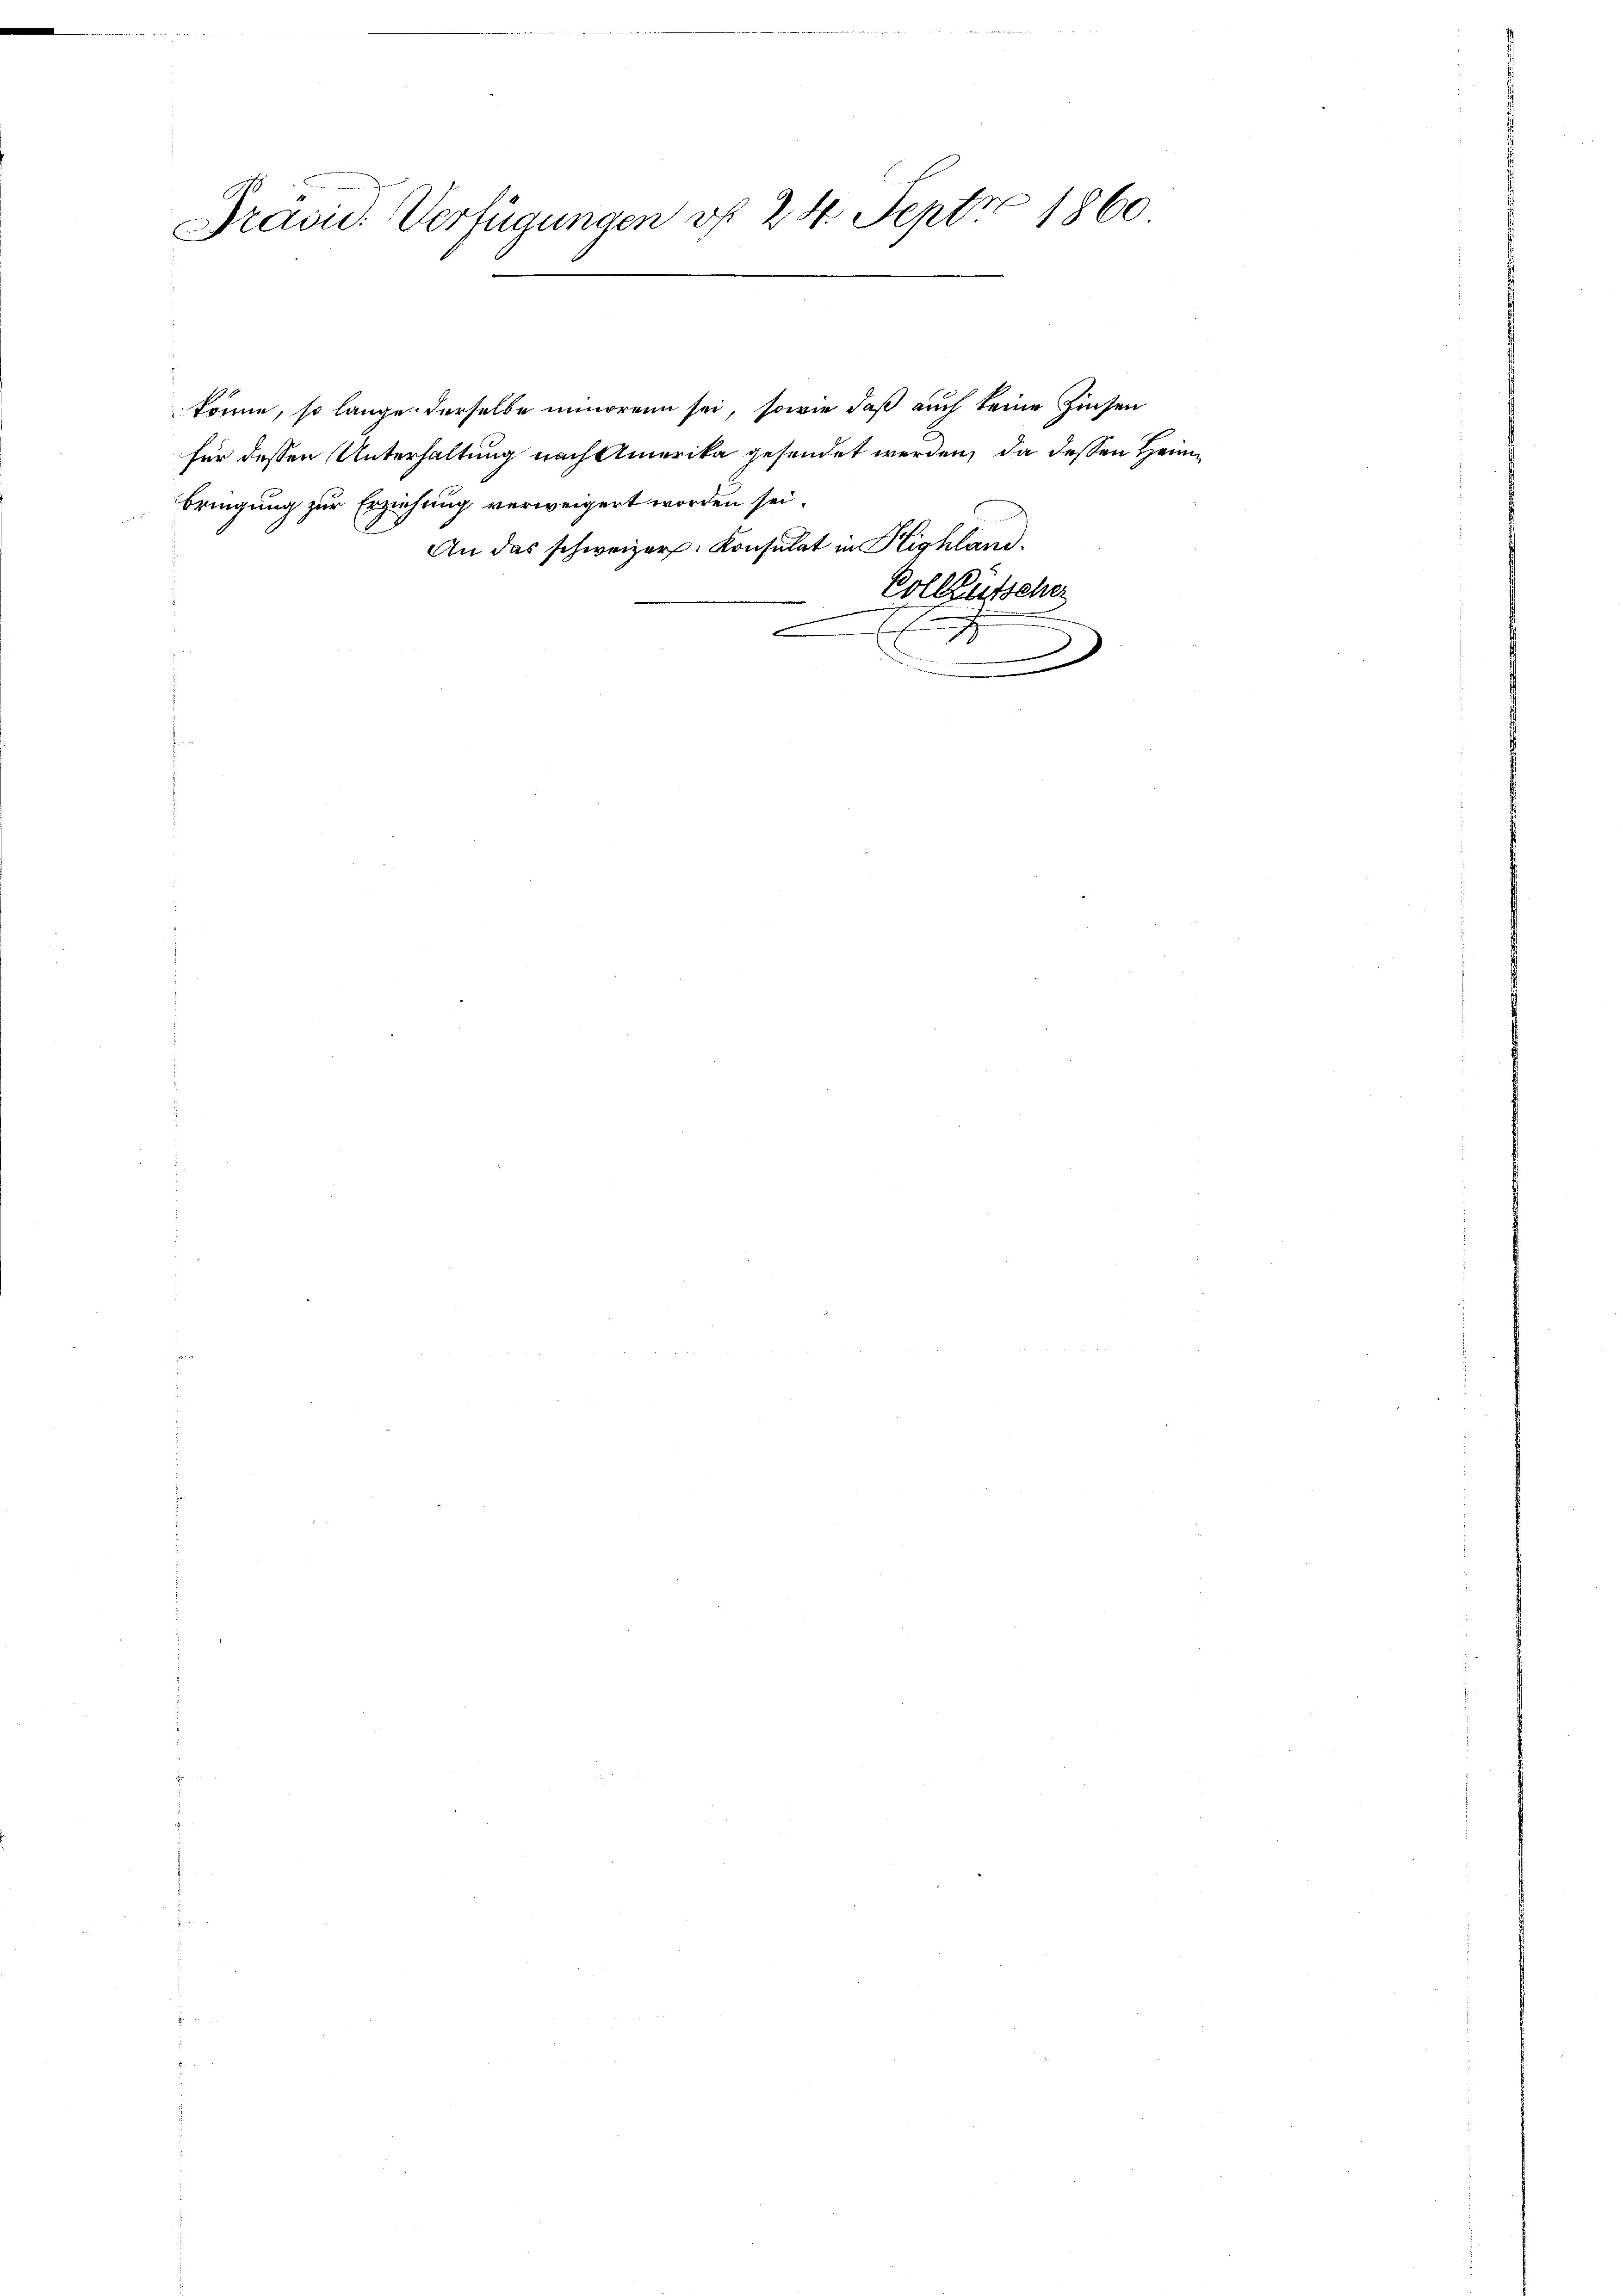
Dravii Verfügungen vf 24 Sept 1860

könne, so lange derselbe minorenn sei, sowie daß auch keine Zinsen
für dessen Unterhaltung nach Amerika gesendet werden, da dessen Heim
bringung zur Erziehung verweigert worden sei.
An das schweizer. Konsulat in Highland.
Volllütscher
.
x
e
.

.